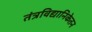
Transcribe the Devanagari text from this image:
तंत्रविद्यानिकेतन